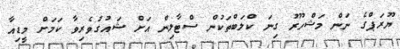
ޔޫރަޕްގެ ނަން މަޝްހޫރު ގިނަ ކްލަބްތަކުން ސްޓާލިން އަށް ޝައުގުވެރިވާ ކަމަށް މީޑިއާ